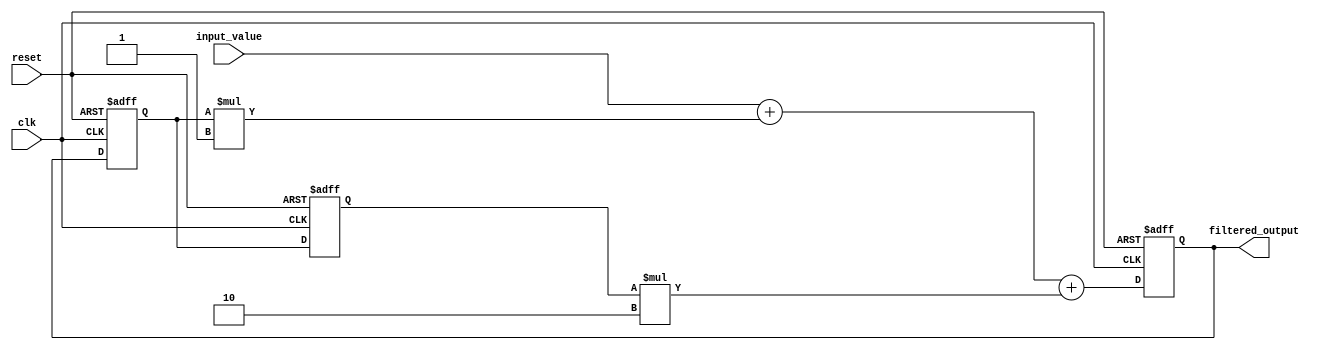
module iir_filter_accumulator(
    input wire clk,
    input wire reset,
    input wire [7:0] input_value,
    output reg [7:0] filtered_output
);

reg [7:0] accumulator;
reg [7:0] prev_output1;
reg [7:0] prev_output2;
reg [7:0] filter_coeff1 = 8'b00000001; // example filter coefficients
reg [7:0] filter_coeff2 = 8'b00000010; // example filter coefficients

always @(posedge clk or posedge reset) begin
    if (reset) begin
        accumulator <= 8'b00000000;
        prev_output1 <= 8'b00000000;
        prev_output2 <= 8'b00000000;
    end else begin
        accumulator <= input_value + (prev_output1 * filter_coeff1) + (prev_output2 * filter_coeff2);
        prev_output2 <= prev_output1;
        prev_output1 <= accumulator;
    end
end

assign filtered_output = accumulator;

endmodule